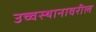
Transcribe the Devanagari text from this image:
उच्चस्थानावरील